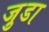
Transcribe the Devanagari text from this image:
जु़डा